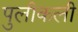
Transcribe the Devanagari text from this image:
पुलीकली